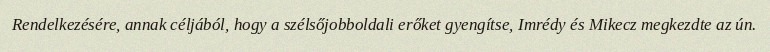
Rendelkezésére, annak céljából, hogy a szélsőjobboldali erőket gyengítse, Imrédy és Mikecz megkezdte az ún.